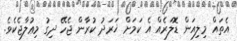
އެތައް މިލިއަން ޑޮލަރެއް އެ ކަމަށް ޚަރަދު ކުރާން ޖެހޭ ދިގު މިޢުލާޖެކެވެ.